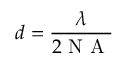
d = \frac { \lambda } { 2 \textrm { N A } }